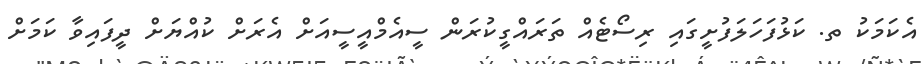
އެކަމަކު ތ. ކަޅުފަހަލަފުށީގައި ރިސޯޓެއް ތަަރައްގީކުރަން ސީއެމްއީސީއަށް އެރަށް ކުއްޔަށް ދީފައިވާ ކަމަށް